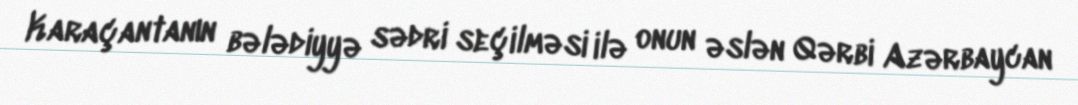
Karaçantanın bələdiyyə sədri seçilməsi ilə onun əslən Qərbi Azərbaycan